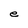
Character: e